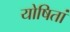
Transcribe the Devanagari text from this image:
योषितां